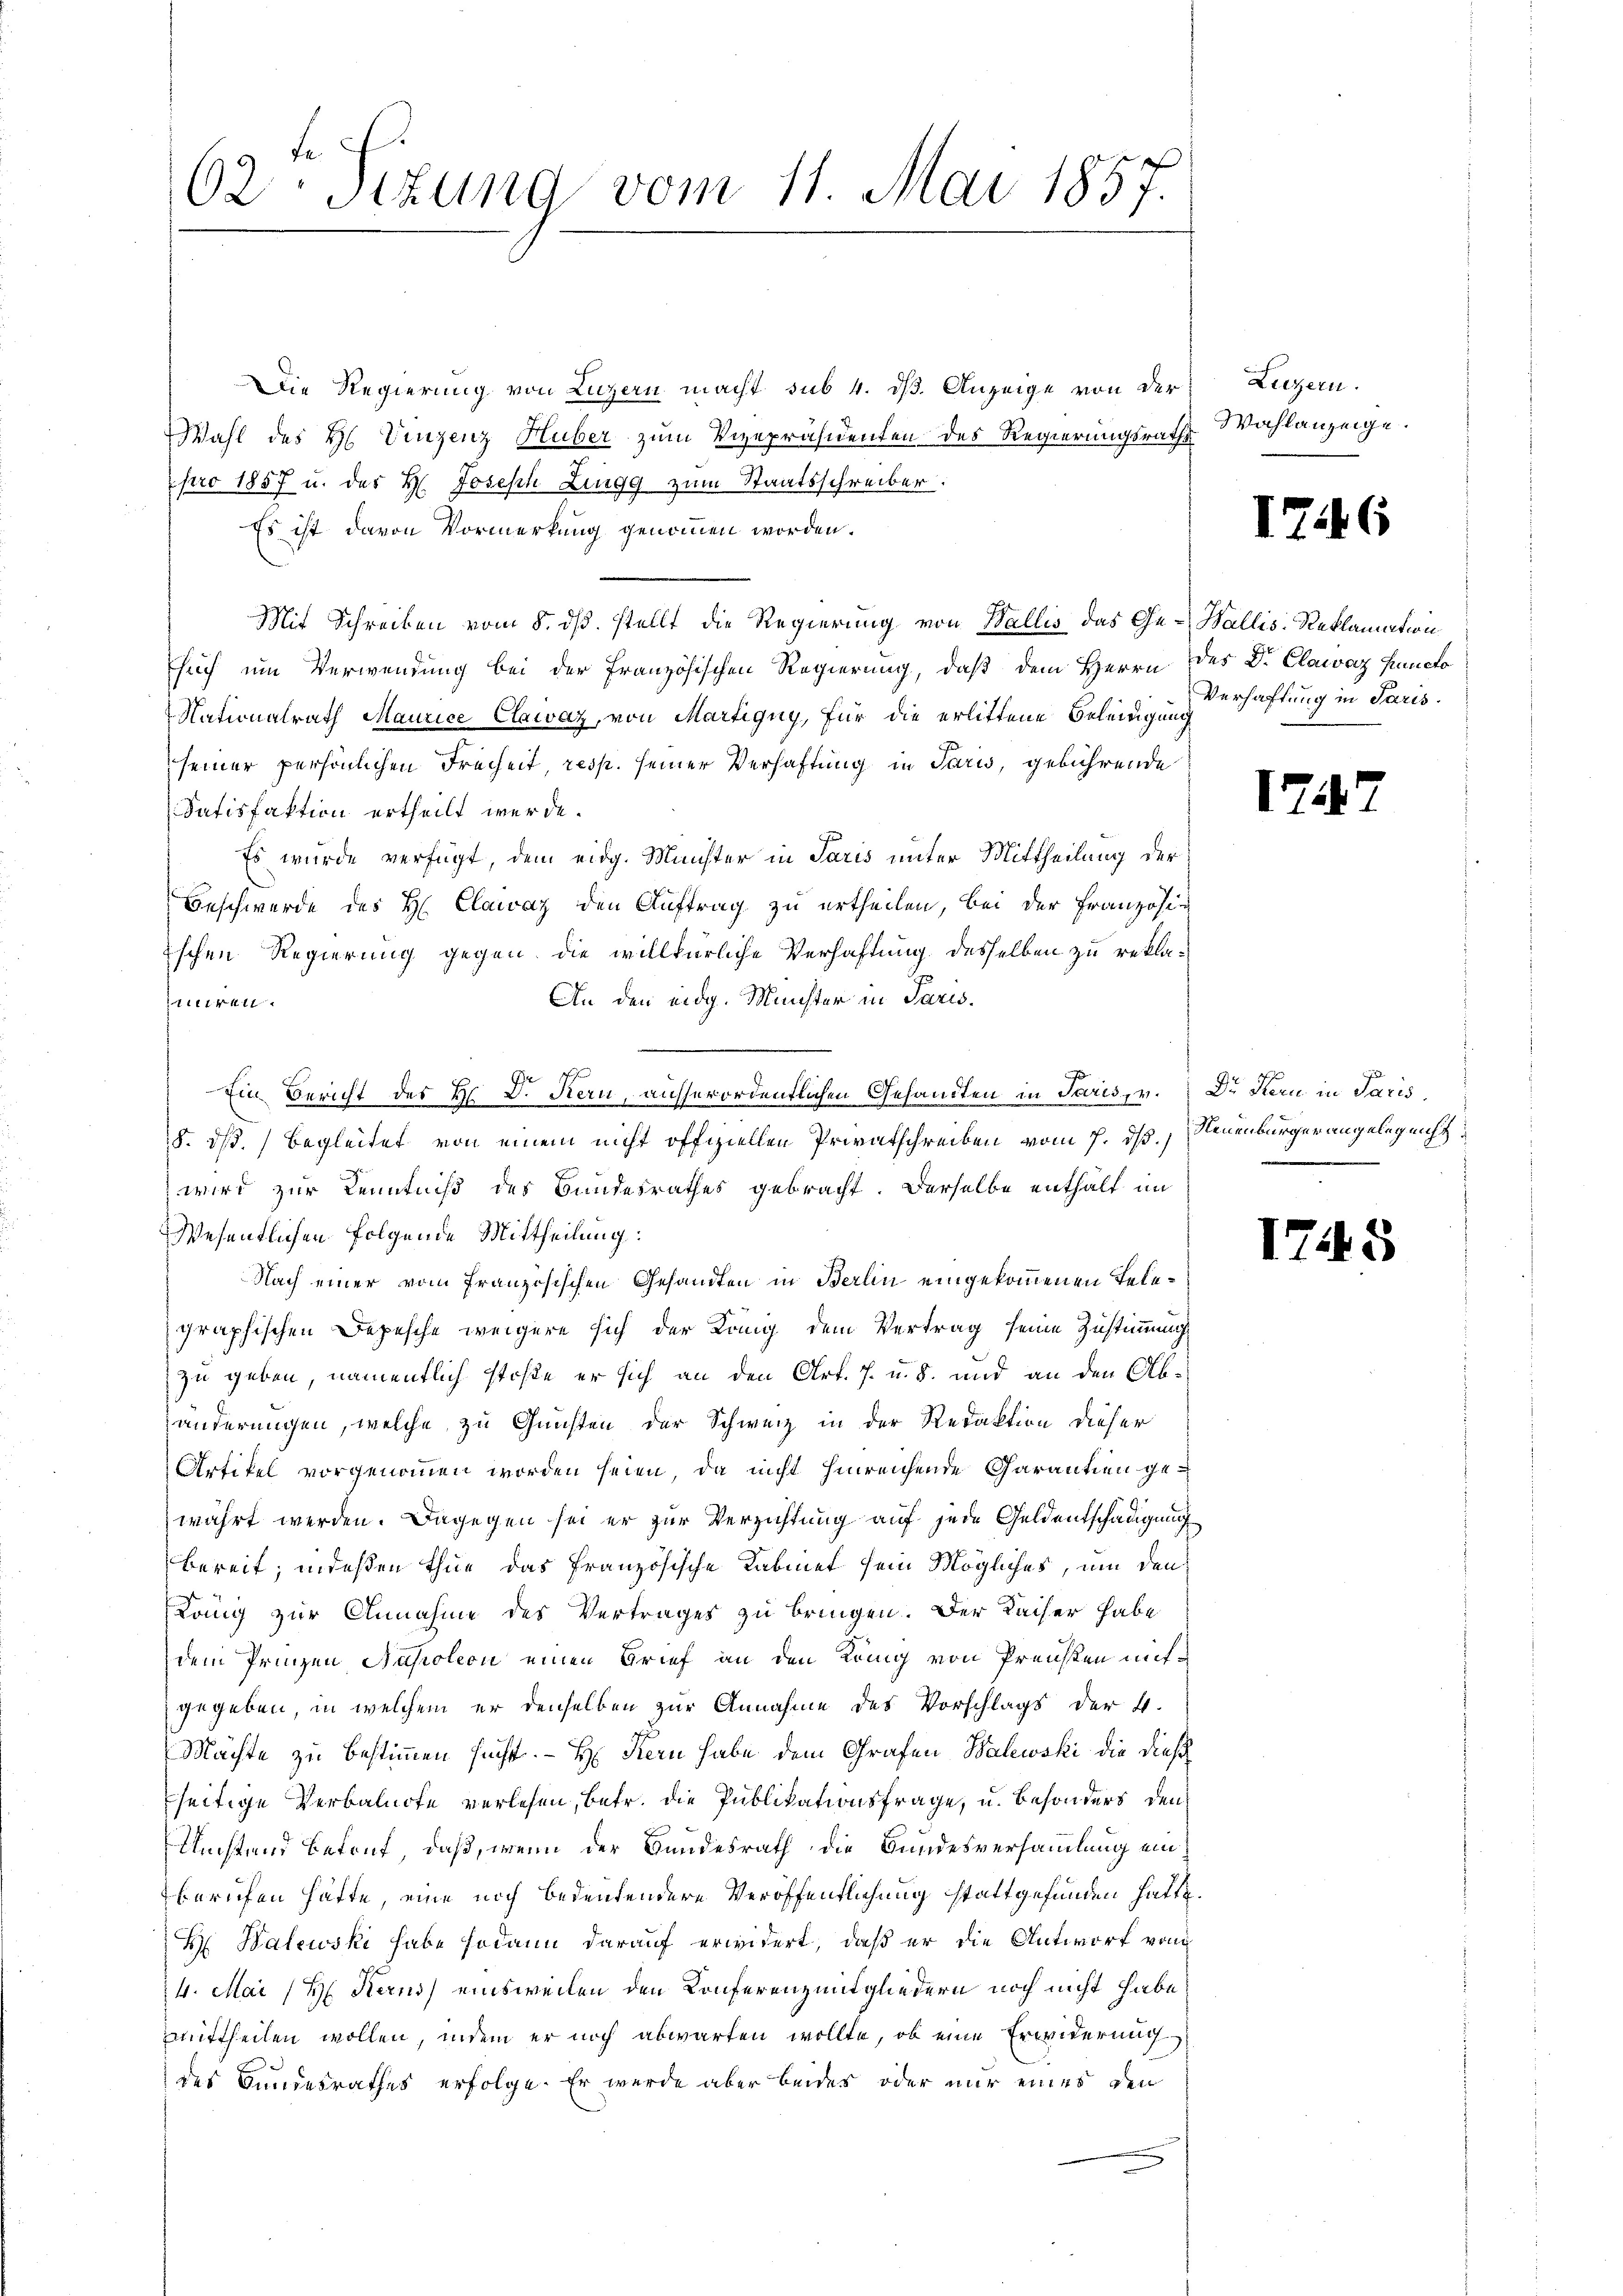
62ten Sizung vom 11. Mai 1857.

Die Regierung von Luzern macht sub 4. dß. Anzeige von der
Wahl des H. Vinzenz Huber zum Vizepräsidenten des Regierungsrath Wahlanzeige.
pro 1857 u. des H. Joseph Zingg zum Staatsschreiber:
Es ist davon Vormerkung genommen worden.
Mit Schreiben vom 8. dß. stellt die Regierung von Wallis das Ge- Wallis, Reklamation
heich um Verwendung bei der Französischen Regierung, daß dem Herrn des Dr. Clawaz Puncto
Nationalrath Maurice Clawaz, von Martigny, für die erlittene Beleidigung
seiner persönlichen Freiheit, resp. seiner Verhaftung in Paris, gebührende
Satisfaktion ertheilt werde.
Es wurde verfügt, dem eidg. Münster in Paris unter Mittheilung der
Beschwerde des H. Clawaz den Auftrag zu ertheilen, bei der Französie
Eschen Regierung gegen die willkürliche Verhaftung desselben zu rekla¬
An den eidg. Münster in Paris.
aniren.
.
Ein Bericht der Hr. D. Kern, ausserordentlichen Gesandten in Paris, v. Dr Kern in Paris,
8. ds. begleitet von einem nicht offiziellen Privatschreiben vom 7. ds., Neuenburger angeleg nicht
wird zur Kenntniß des Bundesrathes gebracht. Derselbe enthält im
Wesentlichen Folgende Mittheilung:
Nach einer vom Französischen Gesandten in Berlin eingekommenen Telegraphischen Depesche weigere sich der König dem Vertrag seine Zustimmung
zu geben, namentlich stoße er sich an den Art. 7 u. 8. und an den Abänderungen, welche zu Gunsten der Schweiz in der Redaktion dieser
Artikel vorgenommen worden seien, da nicht hinreichende Charantien gewährt werden. Dagegen sei er zur Verzichtung auf jede Geldentschädigung
bereit; indeßen thue das französische Kabinet sein Mögliches, um den
König zur Annahme des Vertrages zu bringen. Der Kaiser habe
dem Prinzen Napoleon einen Brief an den König von Preisten mitgegeben, in welchem er denselben zur Annahme des Vorschlags der 4.
Mächte zu bestimmen sucht. H. Kern habe dem Grafen Balewski die dieß
seitige Verbaluote verlesen, betr. die Publikationsfrage, u. besonders den
Umstand Betruf, daß, wenn der Bundesrath die Bundesversammlung einberufen hätte, eine noch bedeutendere Veröffentlichung stattgefunden hatte.
H Balewski habe sodann darauf erwidert, daß er die Antworf von
4. Mai (H. Kerns einsweilen den Konferenz mitgliedern noch nicht habe
mittheilen wollen, indem er noch abwarten wollte, ob eine Erwiderung
des Bundesrathes erfolge. Er wurde aber beides oder nur eines den

Luzern.

12.

17

6

Verhaftung in Paris.

1745